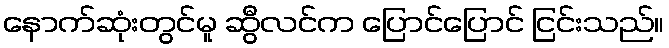
နောက်ဆုံးတွင်မူ ဆွီလင်က ပြောင်ပြောင် ငြင်းသည်။